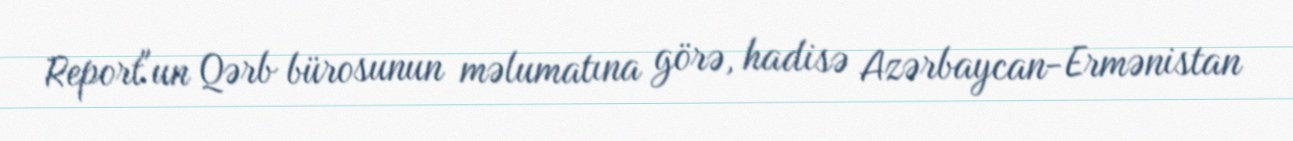
Report"un Qərb bürosunun məlumatına görə, hadisə Azərbaycan-Ermənistan